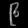
Digit: ၉